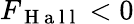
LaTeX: F_{\mathrm{~H~a~l~l~}}<0